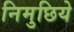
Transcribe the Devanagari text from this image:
निमुछिये